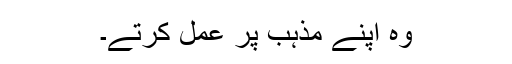
وہ اپنے مذہب پر عمل کرتے۔